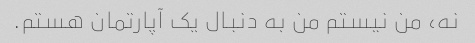
نه، من نیستم من به دنبال یک آپارتمان هستم.